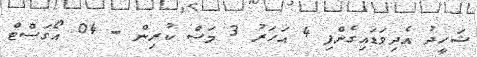
ޝަހީދު އެދިވަޑައިގެންފި 4 އަހަރު 3 މަސް ކުރިން - 04 އޯގަސްޓް